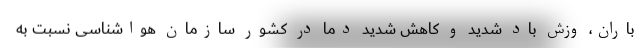
باران، وزش باد شدید و کاهش شدید دما در کشور سازمان هواشناسی نسبت به